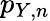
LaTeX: p_{Y,n}